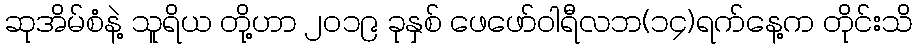
ဆုအိမ်စံနဲ့ သူရိယ တို့ဟာ ၂၀၁၉ ခုနှစ် ဖေဖော်ဝါရီလဘ(၁၄)ရက်နေ့က တိုင်းသိ